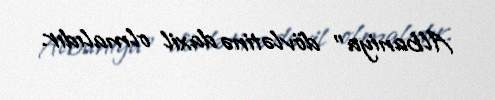
Albaniya” dövlətinə daxil olmalıdır.